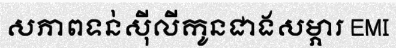
សភាពទន់ស៊ីលីកូនជាងសម្ភារ EMI